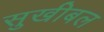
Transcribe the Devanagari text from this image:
सुखीबल